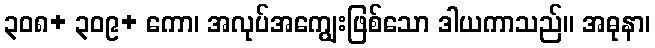
၃၀၈+ ၃၀၉+ ကော၊ အလုပ်အကျွေးဖြစ်သော ဒါယကာသည်။ အဓုနာ၊